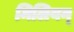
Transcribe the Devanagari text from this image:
मिलियन्